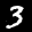
Label: 3